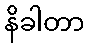
နိခါတာ